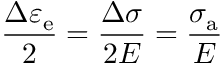
{ \frac { \Delta \varepsilon _ { \mathrm { e } } } { 2 } } = { \frac { \Delta \sigma } { 2 E } } = { \frac { \sigma _ { \mathrm { a } } } { E } }